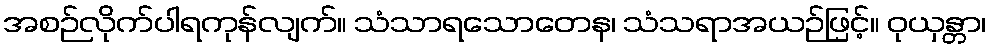
အစဉ်လိုက်ပါရကုန်လျက်။ သံသာရသောတေန၊ သံသရာအယဉ်ဖြင့်။ ဝုယှန္တာ၊